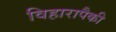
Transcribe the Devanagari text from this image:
विहारापैकी